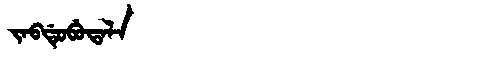
Manchu: ᠵᠠᠪᡩᡠᠪᡠᡨᠠᠯᠠ
Romanization: JABDUBUTALA